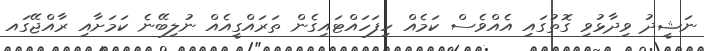
ނަޝީދު ވިދާޅުވި ގޮތުގައި އެއްވެސް ކަމެއް ހިފަހައްޓައިގެން ތަރައްގީއެއް ނުލިބޭނެ ކަމަށާއި ރާއްޖޭގައ